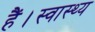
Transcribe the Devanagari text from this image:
हैं।स्वास्थ्य